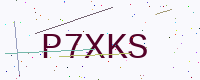
Text: P7XKS